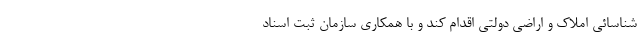
شناسائی املاک و اراضی دولتی اقدام کند و با همکاری سازمان ثبت اسناد